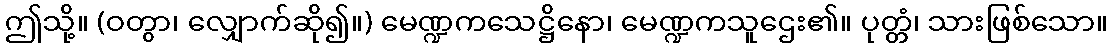
ဤသို့။ (ဝတွာ၊ လျှောက်ဆို၍။) မေဏ္ဍကသေဋ္ဌိနော၊ မေဏ္ဍကသူဌေး၏။ ပုတ္တံ၊ သားဖြစ်သော။